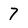
Character: 7